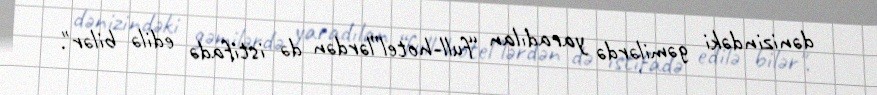
dənizindəki gəmilərdə yaradılan “full-hotel”lərdən də istifadə edilə bilər".